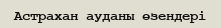
Астрахан ауданы өзендері